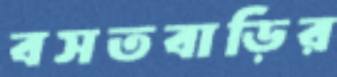
বসতবাড়ির